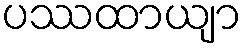
ပဿထာယျာ